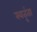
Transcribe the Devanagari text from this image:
स्वतृंता